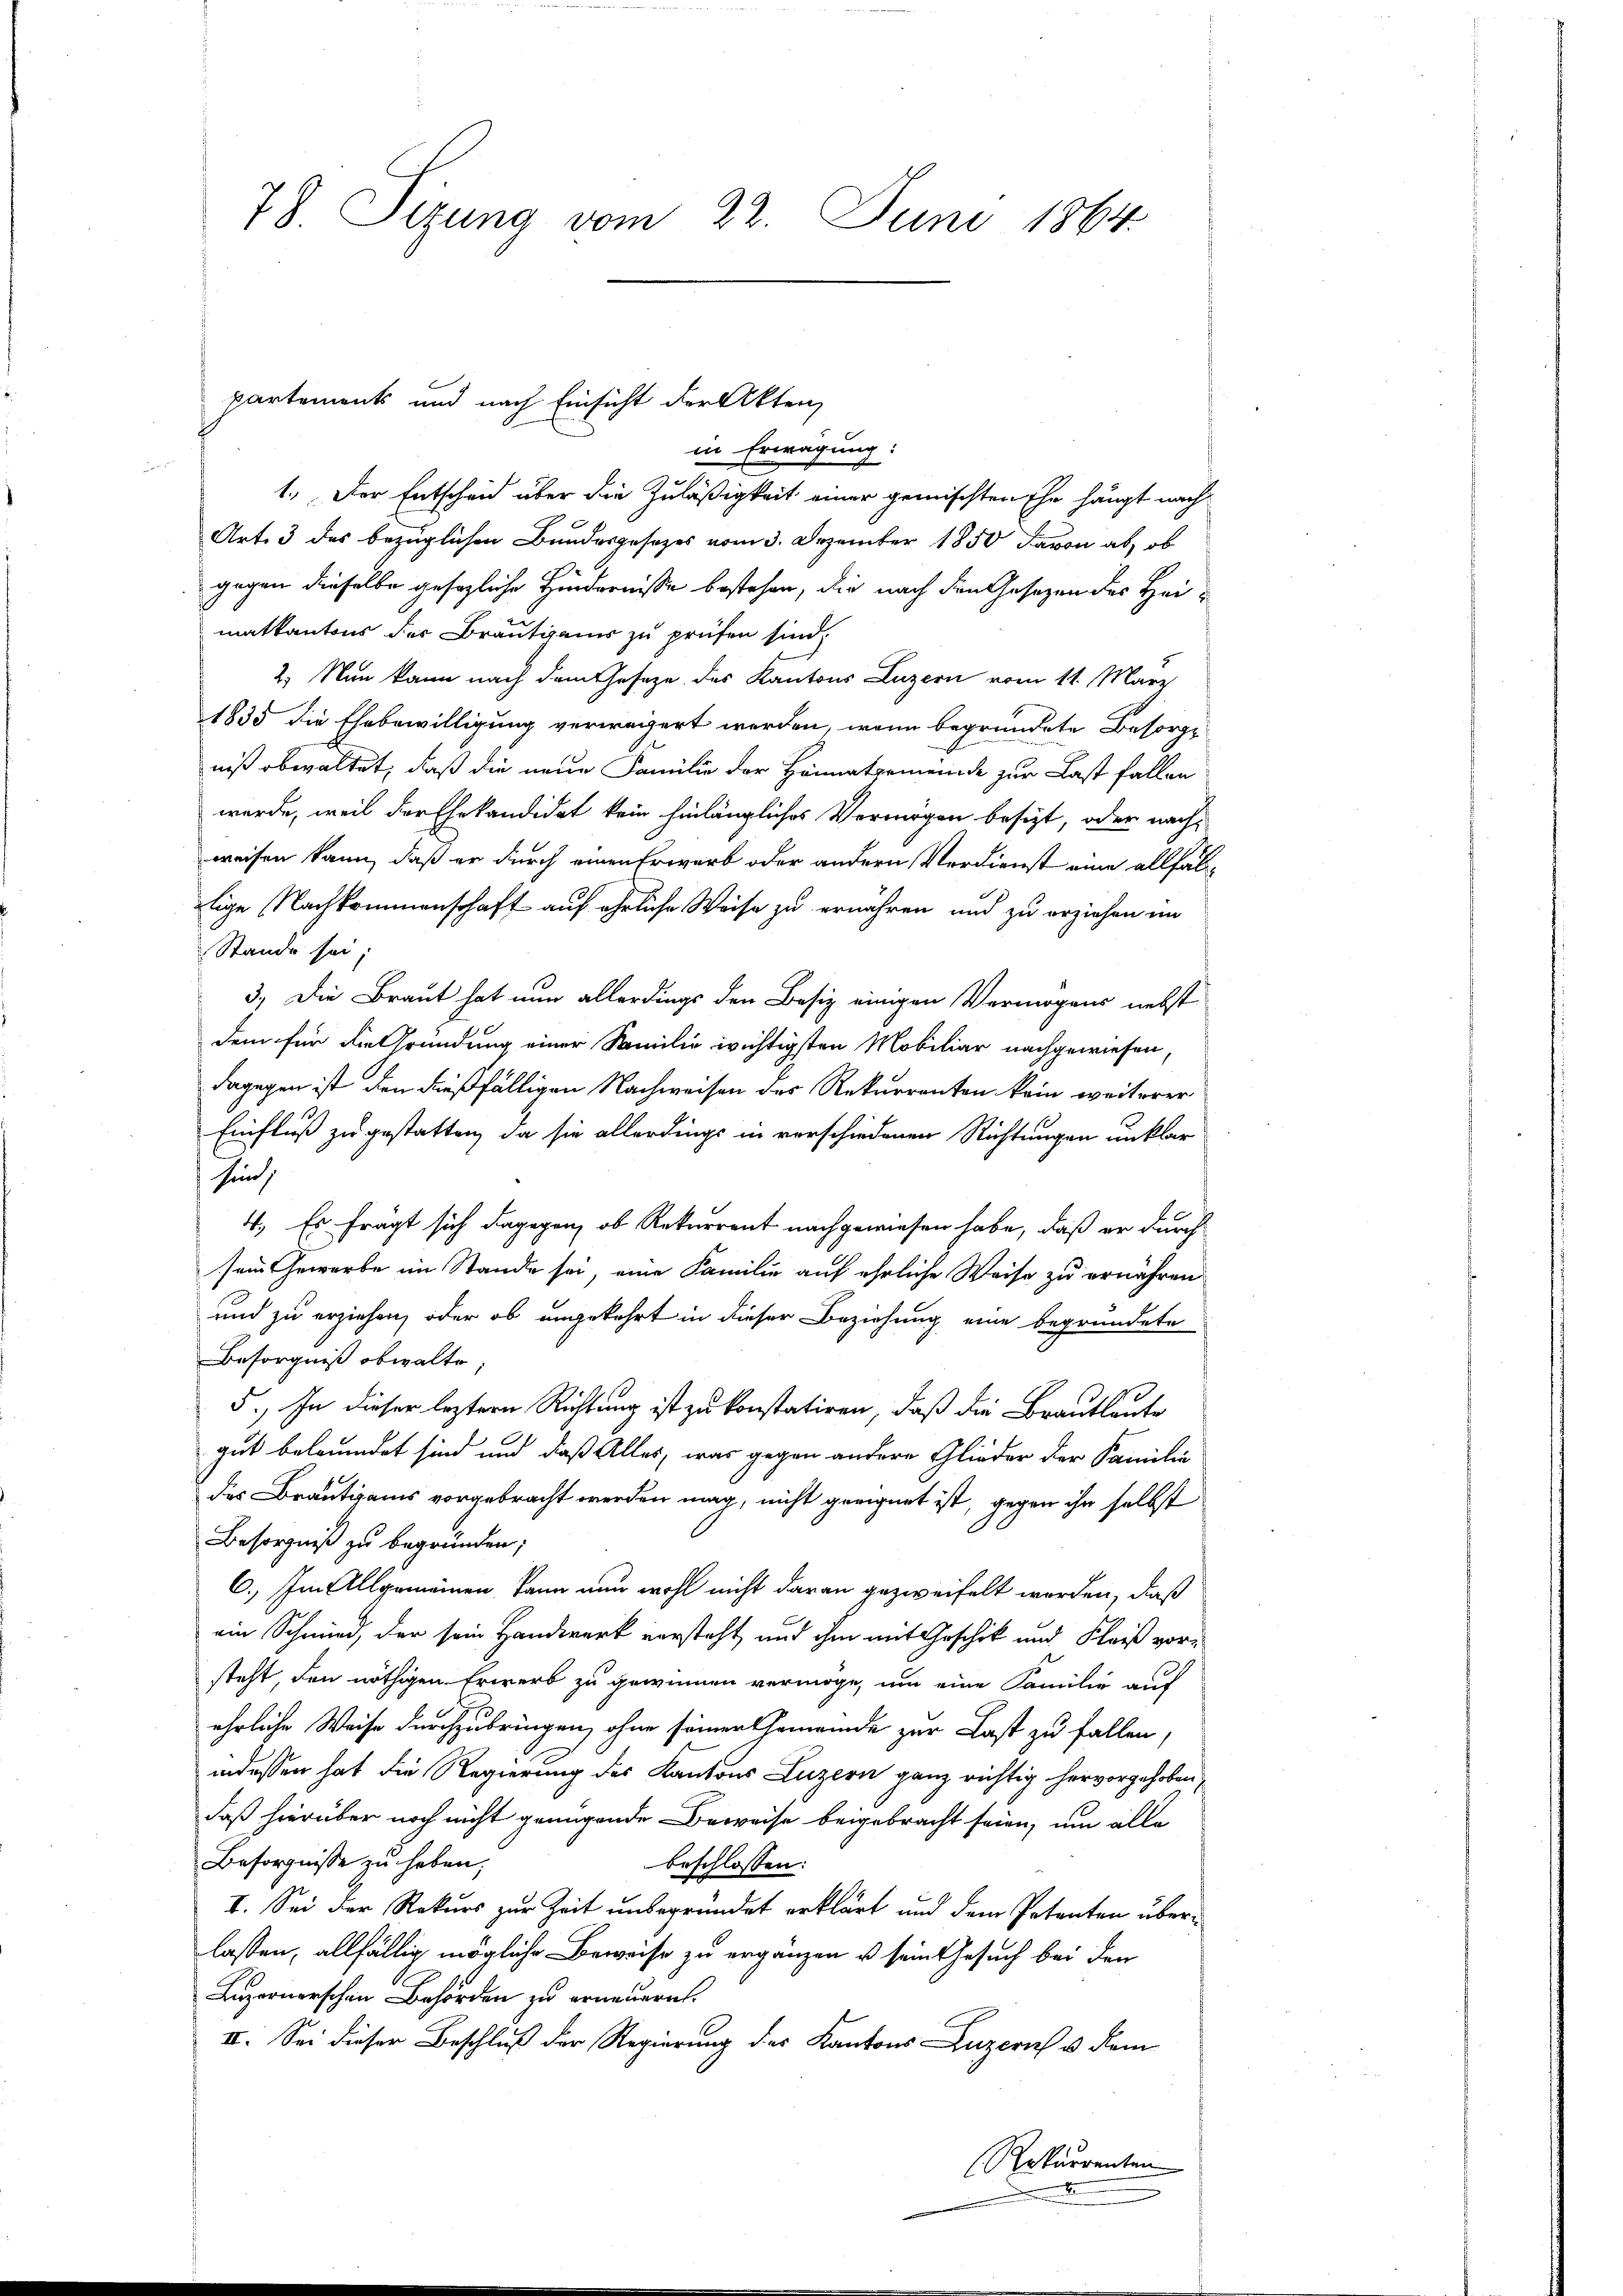
78. Sizung vom 22. Juni 1864.

partements und nach Einsicht der Akten

in Erwägung:
1.) Der Entscheid über die Zuläßigkeit einer gemischten Ehe hängt nach¬
Art. 3 des bezüglichen Bundesgesetzes vom 3. Dezember 1850 davon ab, ob
gegen dieselbe gesezliche Hindernisse bestehen, die nach den Gesetzen des Heimatkantons der Brautgams zu prüfen sind.
2.) Nun kann nach dem Gesetze des Kantons Luzern vom 11. März
1835 die Ehebewilligung verweigert werden, wenn begründete Besorgniß obwaltet, daß die neue Familie der Heimatgemeinde zur Last fallen
werde, weil der Ehekandidat kein hinlängliches Vermögen besizt, oder nachweisen kann, daß er durch einen Erwarb oder andern Verdienst eine allfällige Nachkommenschaft auf ehrliche Weise zu ernähren und zu erziehen im
Stande sei;
3.) Die Braut hat nun allerdings den Besiz einigen Vermögens nebst
dem für die Gründung einer Familie wichtigsten Mobiliar nachgewiesen,
dagegen ist den dießfälligen Nachweisen des Rekurrenten kein weiterer
Einfluß zu gestatten, da sie allerdings in verschiedenen Richtungen unklar
sein
4.) Es frägt sich dagegen, ob Rekurrent nachgewiesen habe, daß er durch
sein Gewerbe im Stande sei, eine Familie auf ehrliche Weise zu ernähren
und zu erziehen, oder ob ungekehrt in dieser Beziehung eine begründete
Besorgniß obwalte;
5., In dieser leztern Richtung ist zu konstatiren, daß die Brautleute
gut beleumdet sind und daß Alles, was gegen andere Glieder der Familie
des Bräutigams vorgebracht werden mag, nicht geeignet ist, gegen ihn selbst
Besorgniß zu begründen;
C. Im Allgemeinen kann nun wohl nicht daran gezweifelt worden, daß
ein Schmied, der sein Handwerk vorsteht, und ihm mit Geschik und Fleiß vorsteht, den nöthigen Erwerb zu gewinnen vermöge, um eine Familie auf
ehrliche Weise durchzubringen, ohne seiner Gemeinde zur Last zu fallen,
indessen hat die Regierung des Kantons Luzern ganz richtig hervorgehoben,
daß hierüber noch nicht genügende Beweise beigebracht seien, um alle
Besorgnisse zu haben,
beschlossen:
I. Sei der Rekurs zur Zeit unbegründet erklärt und dem Patenten überlassen, allfällig mögliche Beweise zu ergänzen u sein Gesuch bei der
Luzernerschen Behörden zu erneuernt.
II. Sei dieser Beschluß der Regierung des Kantons Luzern u. dem
(Rekurrenten
.